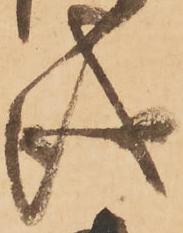
儀